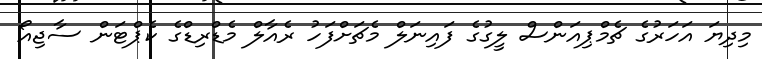
މިދިޔަ އަހަރުގެ ޗެމްޕިއަންސް ލީގުގެ ފައިނަލް މެޗަށްފަހު ރެއާލް މެޑްރިޑްގެ ކެޕްޓަން ސާޖިއޯ